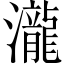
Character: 瀧